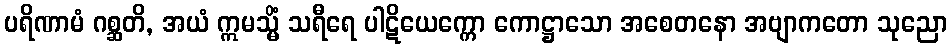
ပရိဏာမံ ဂစ္ဆတိ, အယံ ဣမသ္မိံ သရီရေ ပါဋိယေက္ကော ကောဋ္ဌာသော အစေတနော အဗျာကတော သုညော